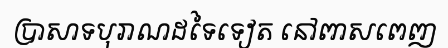
ប្រាសាទបុរាណដទៃទៀត នៅពាសពេញ